Account of plague administration in the Bombay Presidency from September 1896 till May 1897
Year: 1896
Disease focus: Plague
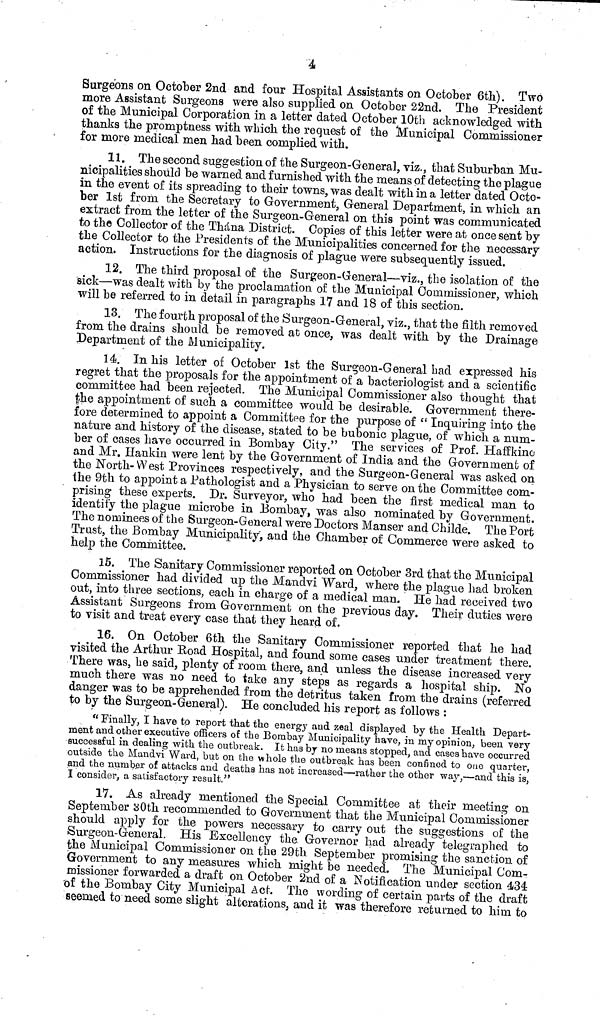
4
Surgeons on October 2nd and four Hospital Assistants on October 6th). Two
more Assistant Surgeons were also supplied on October 22nd. The President
of the Municipal Corporation in a letter dated October 10th acknowledged with
thanks the promptness with which the request of the Municipal Commissioner
for more medical men had been complied with.
11. The second suggestion of the Surgeon-General, viz., that Suburban Mu-
nicipalities should be warned and furnished with the means of detecting the plague
in the event of its spreading to their towns, was dealt with in a letter dated Octo-
ber 1st from the Secretary to Government, General Department, in which an
extract from the letter of the Surgeon-General on this point was communicated
to the Collector of the Thána District. Copies of this letter were at once sent by
the Collector to the Presidents of the Municipalities concerned for the necessary
action. Instructions for the diagnosis of plague were subsequently issued.
12. The third proposal of the Surgeon-General—viz., the isolation of the
sick—was dealt with by the proclamation of the Municipal Commissioner, which
will be referred to in detail in paragraphs 17 and 18 of this section.
13. The fourth proposal of the Surgeon-General, viz., that the filth removed
from the drains should be removed at once, was dealt with by the Drainage
Department of the Municipality.
14. In his letter of October 1st the Surgeon-General bad expressed his
regret that the proposals for the appointment of a bacteriologist and a scientific
committee had been rejected. The Municipal Commissioner also thought that
the appointment of such a committee would be desirable. Government there-
fore determined to appoint a Committee for the purpose of " Inquiring into the
nature and history of the disease, stated to be bubonic plague, of which a num-
ber of cases have occurred in Bombay City." The services of Prof. Haffkine
and Mr. Hankin were lent by the Government of India and the Government of
the North-West Provinces respectively, and the Surgeon-General was asked on
ihe 9th to appoint a Pathologist and a Physician to serve on the Committee com-
prising these experts. Dr. Surveyor, who had been the first medical man to
identify the plague microbe in Bombay, was also nominated by Government.
The nominees of the Surgeon-General were Doctors Manser and Childe. The Port
Trust, the Bombay Municipality, and the Chamber of Commerce were asked to
help the Committee.
15. The Sanitary Commissioner reported on October 3rd that the Municipal
Commissioner had divided up the Mandvi Ward, where the plague had broken
out, into three sections, each in charge of a medical man. He had received two
Assistant Surgeons from Government on the previous day. Their duties were
to visit and treat every case that they heard of.
16. On October 6th the Sanitary Commissioner reported that he had
visited the Arthur Road Hospital, and found some cases under treatment there.
There was, he said, plenty of room there, and unless the disease increased very
much there was no need to take any steps as regards a hospital ship. No
danger was to be apprehended from the detritus taken from the drains (referred
to by the Surgeon-General). He concluded his report as follows :
" Finally, I have to report that the energy and zeal displayed by the Health Depart-
ment and other executive officers of the Bombay Municipality have, in my opinion, been very
successful in dealing with the outbreak. It has by no means stopped, and cases have occurred
outside the Mandvi Ward, but on the whole the outbreak has been confined to one quarter,
and the number of attacks and deaths has nob increased—rather the other way,—and this is,
I consider, a satisfactory result."
17. As already mentioned the Special Committee at their meeting on
September 30th recommended to Government that the Municipal Commissioner
should apply for the powers necessary to carry out the suggestions of the
Surgeon-General. His Excellency the Governor had already telegraphed to
the Municipal Commissioner on the 29th September promising the sanction of
Government to any measures which might be needed. The Municipal Com-
missioner forwarded a draft on October 2nd of a Notification under section 434
of the Bombay City Municipal Act. The wording of certain parts of the draft
seemed to need some slight alterations, and it was therefore returned to him to